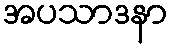
အပသာဒနာ